Annual administration report of the Civil Veterinary Department of India - 1894-1895
Year: 1894
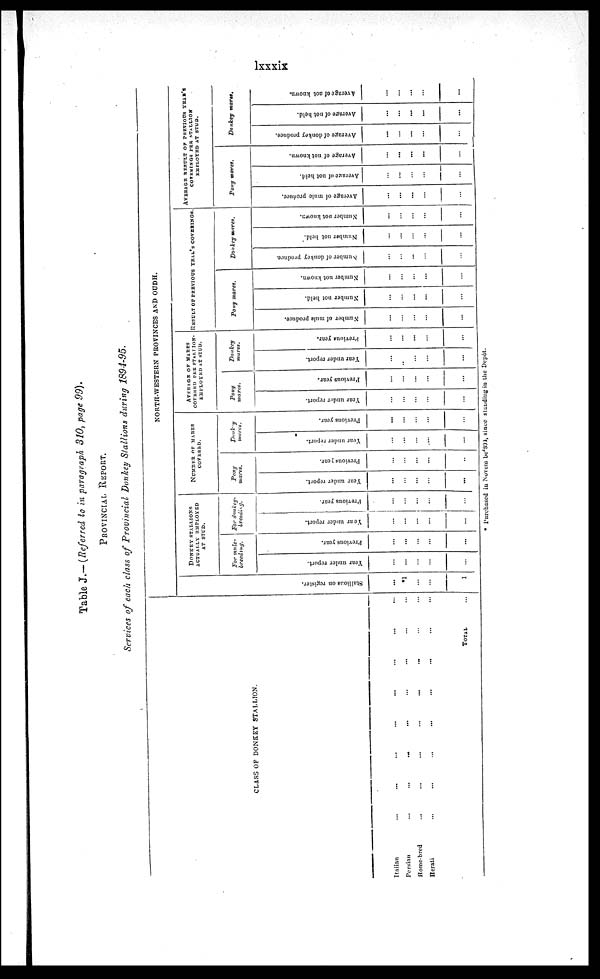
lxxxix
Table J.—(Referred to in paragraph 310, page 99).
PROVINCIAL REPORT.
Services of each class of Provincial Donkey Stallions during 1894-95.
CLASS OF DONKEY STALLION.
Iranian ... ... ... ... ... ...
Persian
...
...
...
...
...
...
Home-bred
...
...
...
...
...
...
Herati
...
.... ... ... ... ...
TOTAL...
NORTH-WESTERN PROVINCES AND OUDH.
St al l
i
ons on register
...
*1
...
...
1
DONKEY STALLIONS
ACTUALLY RMPLOYED
AT STUD.
For mule-
breeding.
Year under report.
...
...
...
...
...
Pr e vi ous year.
...
...
...
...
...
For donkey-
breeding.
Year under report
...
...
...
...
...
Previous year.
...
...
...
...
...
NUMBER OF MARES
COVERED.
Pony
mares.
Year under report.
...
...
...
...
...
Pr e vi ous year.
...
...
...
...
...
Donkey
mares.
Year under report.
...
...
...
...
...
Pr e vi ous year.
...
...
...
...
...
AVERAGE OF MARES
COVERED PER STALLION-
EMPLOYED AT STUD.
Pony
mares.
Year under report.
...
...
...
...
...
Pr e vi ous year.
...
...
...
...
...
Donkey
mares.
Year under report.
...
...
...
...
...
Pr e vi ous year.
...
...
...
...
...
RESULT OF PREVIOUS YEAR'S COVERINGS.
Pony mares.
Nu mb e r of mule produce.
...
...
...
...
...
Nu mb e r not hel d.
...
...
...
...
...
Nu mb e r not known
...
...
...
...
...
Donkey mares.
Number
of donkey produce.
...
...
...
...
...
Nu mb e r not bold.
...
...
...
...
Nu mb e r not known
...
...
...
...
...
AVERAGE RESULT OF PERVIOUS YEAR'S
COVRRINGS PER STALLION
EMPLOYED AT STUD.
Pony mares.
Ave r
a ge of mule produce.
...
...
...
...
...
Ave r
a ge of not held
...
...
...
...
...
Ave r
a ge of not known
...
...
...
...
...
Donkey
mares.
Average of donkey produce
...
...
...
...
...
Ave r
a ge of not hel d
...
...
...
...
...
Ave r
a ge of not known.
...
...
...
...
...
* Purchased in Novem be 4 894, since standing in the Depot.